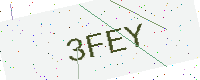
Text: 3FEY